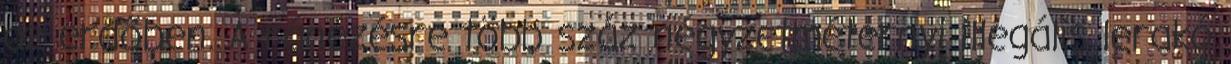
az erdőben. A ránézésre több száz négyzetméternyi illegális lerakó